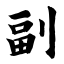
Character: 副